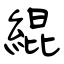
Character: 緄